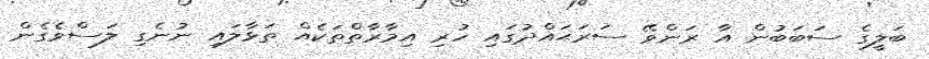
ބަލީގެ ސަބަބުން އާ ރަންވޭ ސަރަޙައްދުގައި ހުރި އިމާރާތްތަކެއް ތަޅާލައި ނުނެގި ލަސްވެގެން